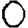
Digit: 0